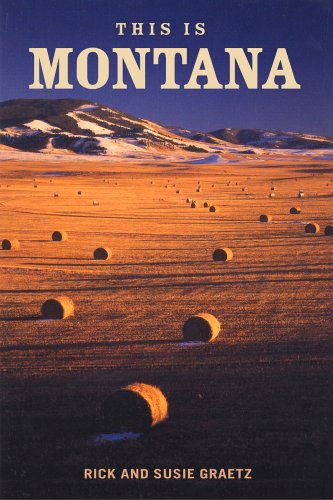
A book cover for This is Montana; Rick Graetz; Travel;